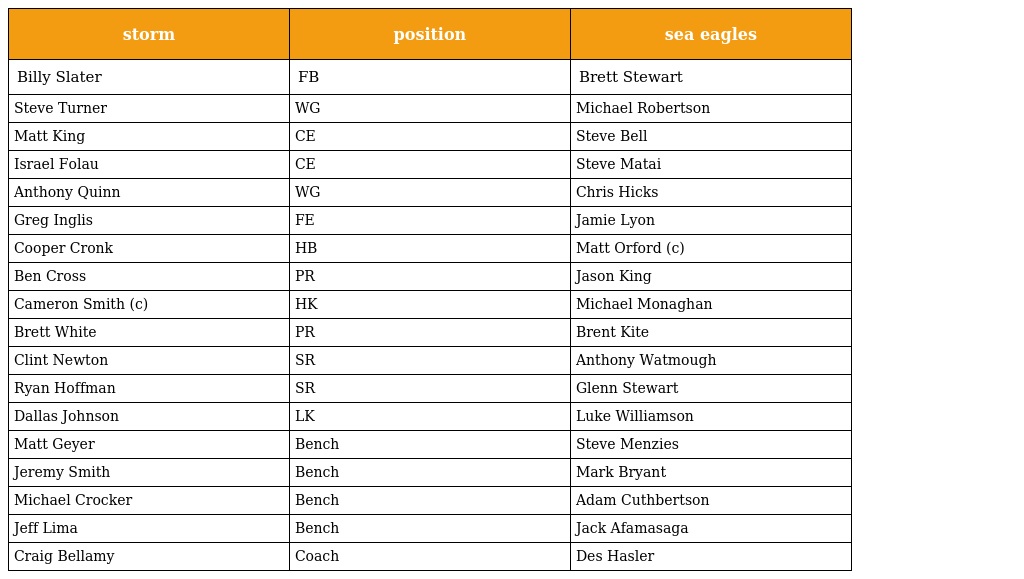
| storm | position | sea eagles |
 | --- | --- | --- |
 | Billy Slater | FB | Brett Stewart |
 | Steve Turner | WG | Michael Robertson |
 | Matt King | CE | Steve Bell |
 | Israel Folau | CE | Steve Matai |
 | Anthony Quinn | WG | Chris Hicks |
 | Greg Inglis | FE | Jamie Lyon |
 | Cooper Cronk | HB | Matt Orford (c) |
 | Ben Cross | PR | Jason King |
 | Cameron Smith (c) | HK | Michael Monaghan |
 | Brett White | PR | Brent Kite |
 | Clint Newton | SR | Anthony Watmough |
 | Ryan Hoffman | SR | Glenn Stewart |
 | Dallas Johnson | LK | Luke Williamson |
 | Matt Geyer | Bench | Steve Menzies |
 | Jeremy Smith | Bench | Mark Bryant |
 | Michael Crocker | Bench | Adam Cuthbertson |
 | Jeff Lima | Bench | Jack Afamasaga |
 | Craig Bellamy | Coach | Des Hasler |